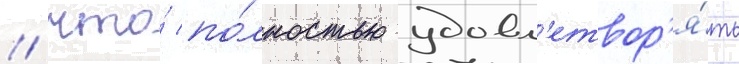
/ что́ по́лностью удовл'етвор'я́ть